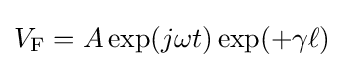
V_{\text{F}}=A\exp(j\omega t)\exp(+\gamma \ell )~